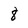
Character: 8